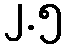
၂.၅